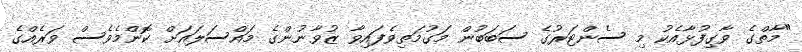
"މާތްގެ ވާގިފުޅާއެކު މި ސެންޓަރުގެ ސަބަބުން މަގުމަތިވެފައިވާ ޒުވާނުންގެ މައްސަލައަށް ކޮންމެވެސް ވަރެއްގެ